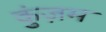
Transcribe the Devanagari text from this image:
कुंज़म